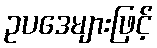
ဥပဒေများဖြင့်